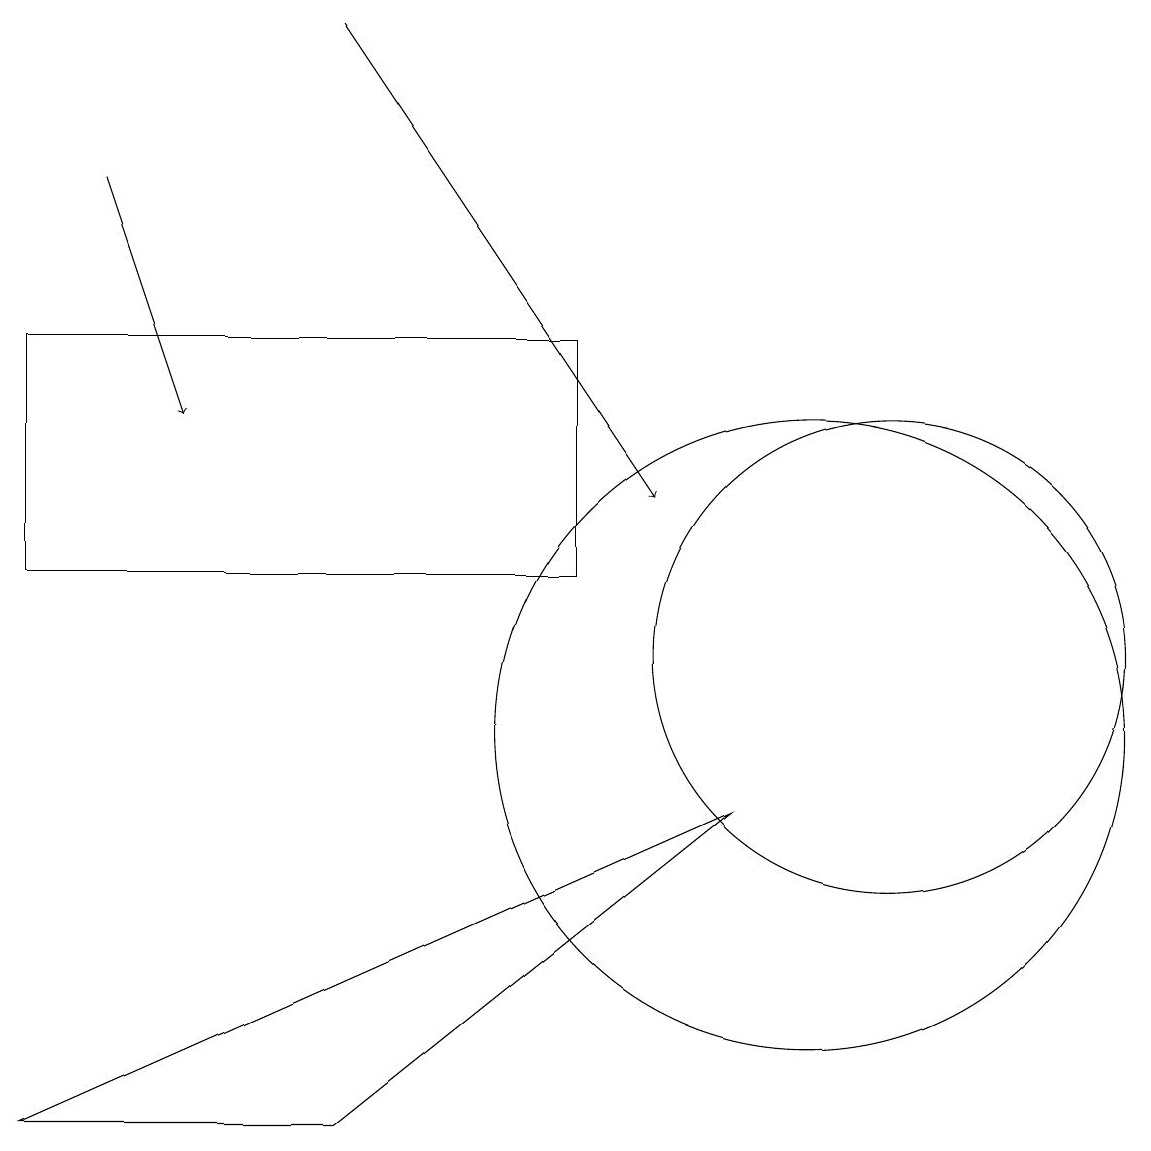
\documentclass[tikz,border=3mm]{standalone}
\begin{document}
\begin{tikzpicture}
\draw (11,11) circle (3);
\draw (10,11) circle (0);
\draw (4,5) -- (0,5) -- (9,9) -- cycle;
\draw (10,10) circle (0);
\draw[->] (1,17) -- (2,14);
\draw (10,10) circle (4);
\draw (7,15) rectangle (0,12);
\draw[->] (4,19) -- (8,13);
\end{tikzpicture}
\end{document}